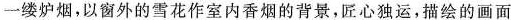
一缕炉烟，以窗外的雪花作室内香烟的背景，匠心独运，描绘的画面